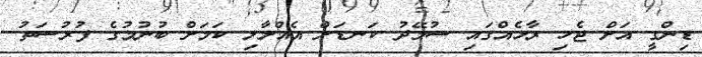
ޑިންގީ އަށް ޖެހި ރާޅެއްގައި ސުމޭދު ކަނޑަށް އެއްލާލި ކަމަށް ބުނުމުގެ ފުރުސަތު